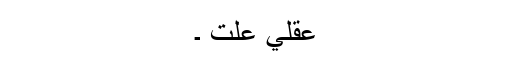
عقلي علت ۔